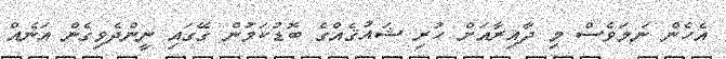
އެހެން ނަމަވެސް މި ދާއިރާއަށް ހުރި ޝައުޤެއްގެ ބޮޑުކަމުން ގޭގައި ނީންދެވިގެން އަނެއް